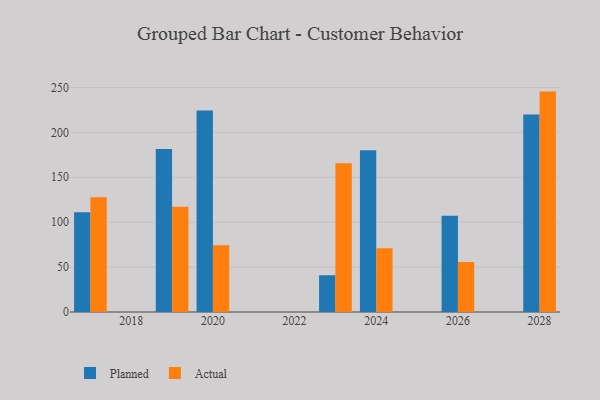
{"axis": {"x": "Year", "y": "Production Output"}, "legend": ["Actual", "Planned"], "data": [{"x": "2023", "y": 40.9, "type": "Planned"}, {"x": "2023", "y": 165.7, "type": "Actual"}, {"x": "2020", "y": 224.3, "type": "Planned"}, {"x": "2020", "y": 74.3, "type": "Actual"}, {"x": "2028", "y": 219.9, "type": "Planned"}, {"x": "2028", "y": 245.4, "type": "Actual"}, {"x": "2019", "y": 181.4, "type": "Planned"}, {"x": "2019", "y": 117.3, "type": "Actual"}, {"x": "2026", "y": 107.2, "type": "Planned"}, {"x": "2026", "y": 55.7, "type": "Actual"}, {"x": "2024", "y": 180.2, "type": "Planned"}, {"x": "2024", "y": 71.0, "type": "Actual"}, {"x": "2017", "y": 111.2, "type": "Planned"}, {"x": "2017", "y": 127.9, "type": "Actual"}]}